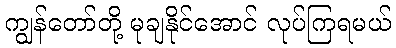
ကျွန်တော်တို့ မုချနိုင်အောင် လုပ်ကြရမယ်